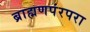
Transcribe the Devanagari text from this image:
ब्राह्मणपंरपरा